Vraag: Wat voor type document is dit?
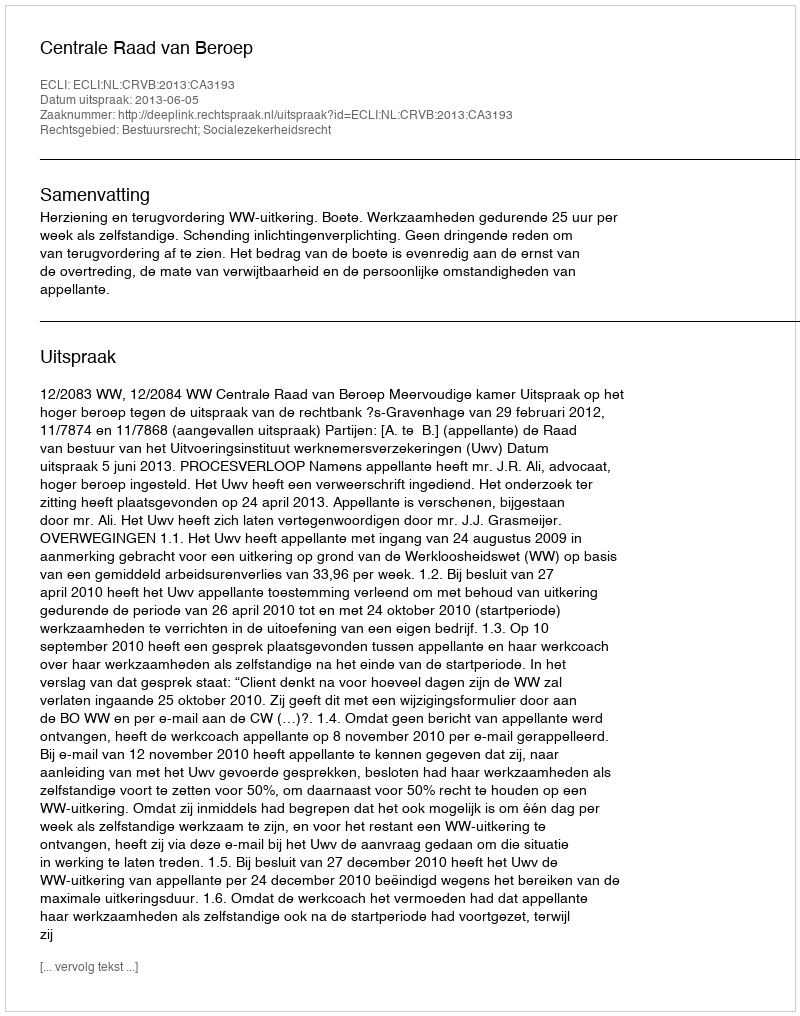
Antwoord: Uitspraak